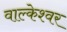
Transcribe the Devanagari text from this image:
वाल्केश्वर